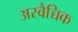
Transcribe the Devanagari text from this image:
अस्वैच्चिक